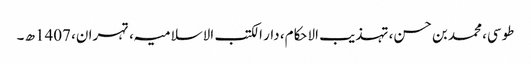
طوسی، محمد بن حسن، تہذیب الاحکام، دار الکتب الاسلامیہ، تہران، 1407ھ ۔